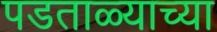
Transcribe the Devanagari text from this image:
पडताळ्याच्या